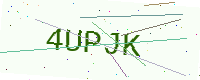
Text: 4UPJK